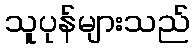
သူပုန်များသည်